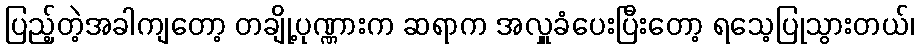
ပြည့်တဲ့အခါကျတော့ တချို့ပုဏ္ဏားက ဆရာက အလှူခံပေးပြီးတော့ ရသေ့ပြုသွားတယ်၊